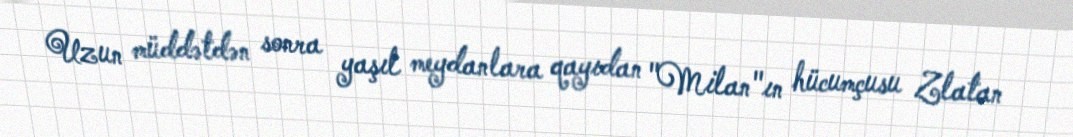
Uzun müddətdən sonra yaşıl meydanlara qayıdan "Milan"ın hücumçusu Zlatan